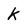
Character: K